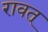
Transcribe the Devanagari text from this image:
रावत्